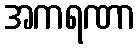
အကရဏာ